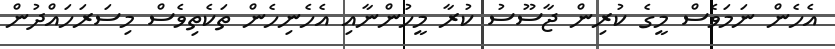
އެހެން ނަމަވެސް މީގެ ކުރިން ޖާސޫސު ކުރާ މީހުންނާއި އެހެނިހެން ތަކެތިވެސް މިސަރަހައްދުން